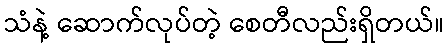
သံနဲ့ ဆောက်လုပ်တဲ့ စေတီလည်းရှိတယ်။